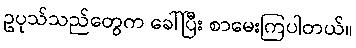
ဥပုသ်သည်တွေက ခေါ်ပြီး စာမေးကြပါတယ်။